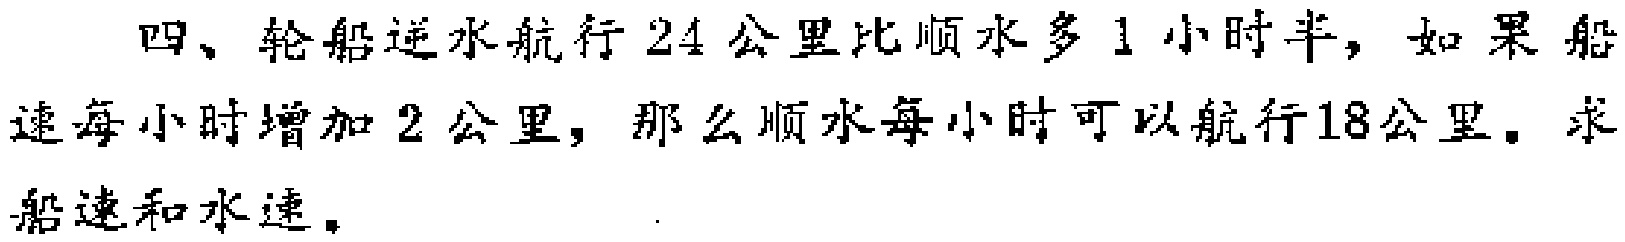
四、轮船逆水航行24公里比顺水多1小时半，如果船速每小时增加2公里，那么顺水每小时可以航行18公里。求船速和水速。